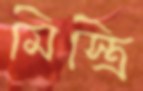
মিস্ত্রি